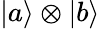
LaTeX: \left|a\right\rangle\otimes\left|b\right\rangle